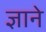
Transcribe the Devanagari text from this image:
ज्ञाने